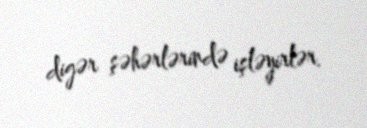
digər şəhərlərində işləyirlər.